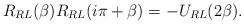
LaTeX: \begin{align*}R_{RL} (\beta) R_{RL} (i \pi + \beta) = - U_{RL} ( 2 \beta).\end{align*}